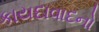
કાયદાવાદનો